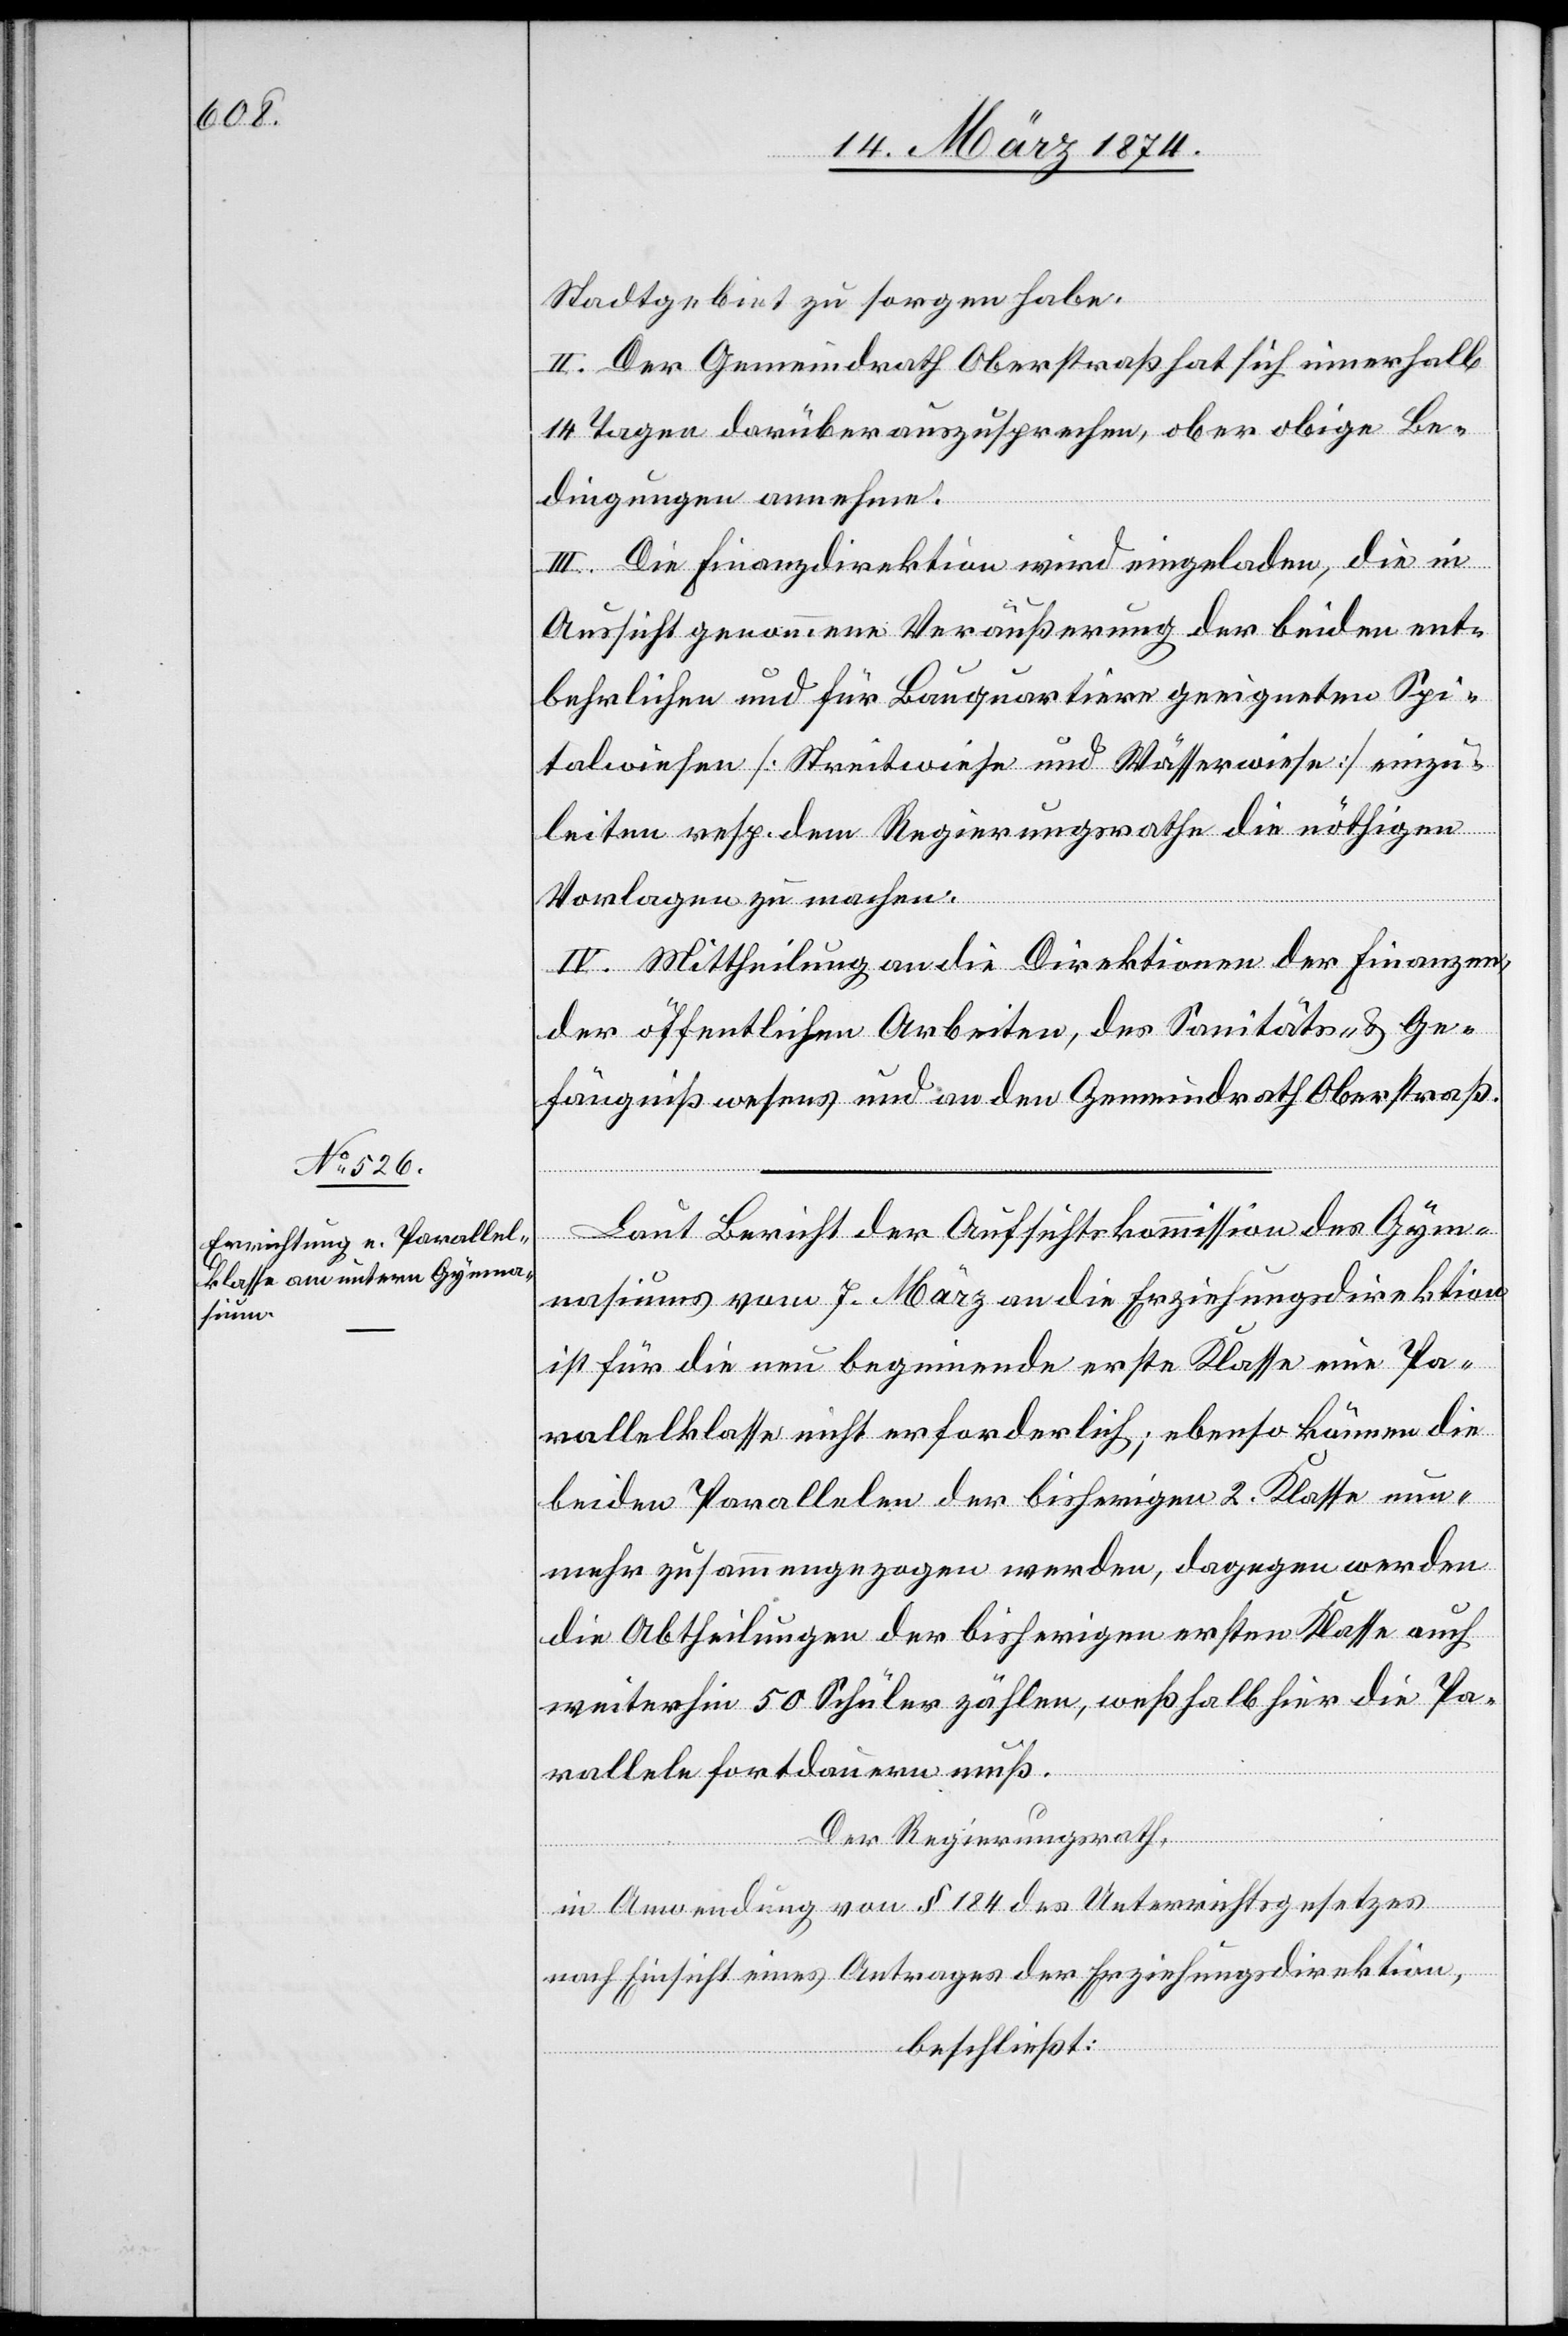
Stadtgebiet zu sorgen haben.
II. Der Gemeindrath Oberstraß hat sich innerhalb
14 Tagen darüber auszusprechen, ob er obige Be¬
dingungen annehme.
III. Die Finanzdirektion wird eingeladen, die in
Aussicht genommene Veräußerung der beiden ent¬
behrlichen und für Bauquartiere geeigneten Spi¬
talwiesen [Streitwiese und Wässerwiese] einzu¬
leiten resp. dem Regierungsrathe die nöthigen
Vorlagen zu machen.
IV. Mittheilung an die Direktionen der Finanzen,
der öffentlichen Arbeiten, des Sanitäts- u. Ge¬
fängnißwesens und an den Gemeindrath Oberstraß.
Laut Bericht der Aufsichtskommission des Gym¬
nasiums vom 7. März an die Erziehungsdirektion
ist für die neu beginnende erste Klasse eine Pa¬
rallelklasse nicht erforderlich; ebenso können die
beiden Parallelen der bisherigen 2. Klasse nun¬
mehr zusammengezogen werden, dagegen werden
die Abtheilungen der bisherigen ersten Klasse auch
weiterhin 50 Schüler zählen, weßhalb hier die Pa¬
rallele fortdauern muß.
Der Regierungsrath,
in Anwendung von § 184 des Unterrichtsgesetzes
nach Einsicht eines Antrages der Erziehungsdirektion,
beschließt: